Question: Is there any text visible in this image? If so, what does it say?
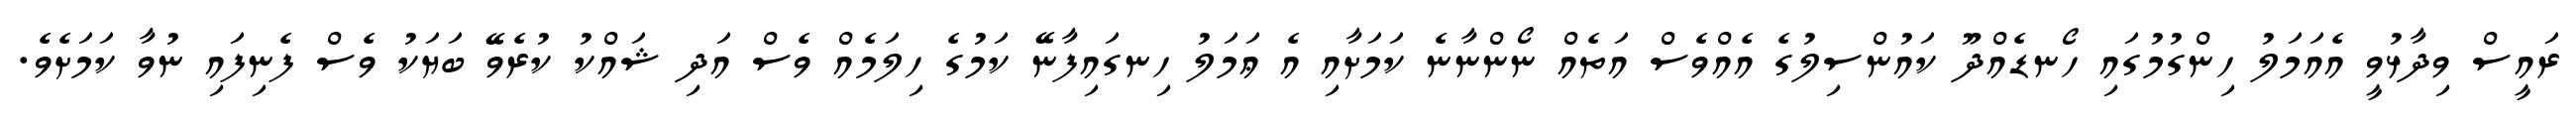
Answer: ރައީސް ވިދާޅުވީ އެއަމަލު ހިންގުމުގައި ހޯނޑެއްދޫ ކައުންސިލުގެ އެއްވެސް އަތެއް ނޯންނާނެ ކަމަށާއި އެ ޢަމަލު ހިނގައިފާނޭ ކަމުގެ ހިލަމެއް ވެސް އަދި ޝައްކު ކުރެވޭ ބަޔަކު ވެސް ފެނިފައި ނުވާ ކަމަށެވެ.